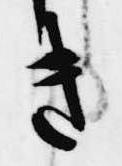
き